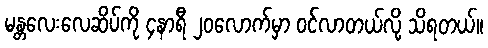
မန္တလေးလေဆိပ်ကို ၄နာရီ ၂၀လောက်မှာ ဝင်လာတယ်လို့ သိရတယ်။